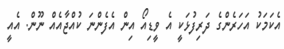
އެކަމަކު އަހަރެންގެ ދަރިފުޅަކީ އެ ވީޑިއޯ އިން އެފެންނަ ކުއްޖާއެއް ނޫން. އެއީ